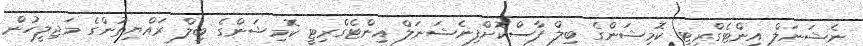
ނެޝަނަލް އިންޓެގްރިޓީ ކޮމިޝަންގެ ބިލް ފާސްކޮށްފިނެޝަނަލް އިންޓެގްރިޓީ ކޮމިޝަންގެ ބިލް ރައްޔިތުންގެ މަޖިލީހުން